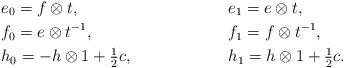
LaTeX: \begin{align*}&e_0=f\otimes t,&&e_1=e\otimes t,\\&f_0=e\otimes t^{-1},&&f_1=f\otimes t^{-1},\\&\textstyle h_0=-h\otimes 1+\frac{1}{2}c,&&h_1=h\otimes 1+\textstyle\frac{1}{2}c.\end{align*}